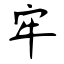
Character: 牢